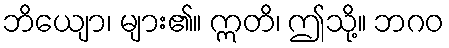
ဘိယျော၊ များ၏။ ဣတိ၊ ဤသို့။ ဘဂဝ